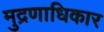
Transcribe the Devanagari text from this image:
मुद्रणाधिकार